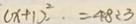
( x + 1 ) ^ { 2 } . = 4 8 \div 3